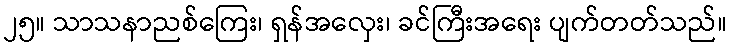
၂၅။ သာသနာညစ်ကြေး၊ ရှန်အလှေး၊ ခင်ကြီးအရေး ပျက်တတ်သည်။